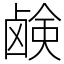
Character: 𫠗